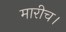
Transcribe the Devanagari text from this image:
मारीच।